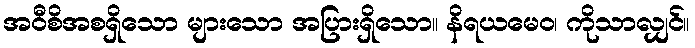
အဝီစိအစရှိသော များသော အပြားရှိသော။ နိရယမေဝ၊ ကိုသာလျှင်။